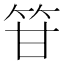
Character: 䇞